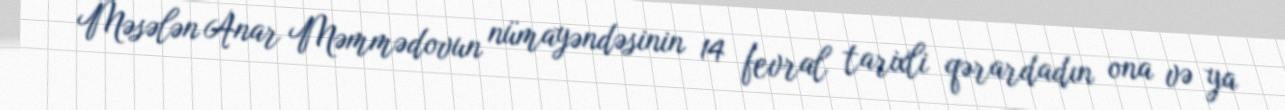
Məsələn Anar Məmmədovun nümayəndəsinin 14 fevral tarixli qərardadın ona və ya